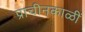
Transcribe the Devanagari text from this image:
प्राचीनकाळीं